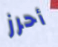
أحرز